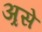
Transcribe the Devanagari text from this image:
अ्रसे